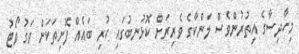
މިހާދިސާގެ އިތުރުންވެސް ލަންކާގެ ވެރިރަށް ކޮޅުނބުގައި ހުރި ބައެއް ފޮށިތަކަށް ވަގު ވޯޓު